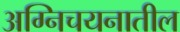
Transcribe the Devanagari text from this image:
अग्निचयनातील